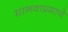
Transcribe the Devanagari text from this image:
मानवाप्रमाणे